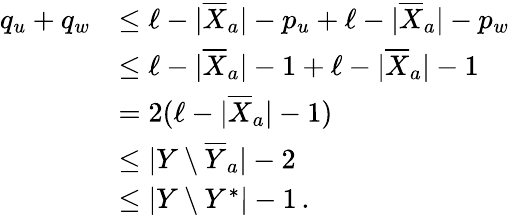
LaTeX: \begin{array}{rl}{q_{u}+q_{w}}&{\leq\ell-|\overline{{X}}_{a}|-p_{u}+\ell-|\overline{{X}}_{a}|-p_{w}}\\ &{\leq\ell-|\overline{{X}}_{a}|-1+\ell-|\overline{{X}}_{a}|-1}\\ &{=2(\ell-|\overline{{X}}_{a}|-1)}\\ &{\leq|Y\setminus\overline{{Y}}_{a}|-2}\\ &{\leq|Y\setminus Y^{*}|-1\, .}\end{array}